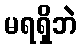
မရရှိဘဲ